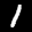
Label: 1